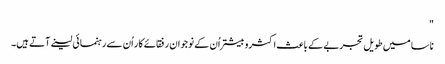
"
ناسا میں طویل تجربے کے باعث اکثروبیشتر اُن کے نوجوان رفقائے کار اُن سے رہنمائی لینے آتے ہیں۔